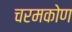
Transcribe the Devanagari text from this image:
चरमकोण